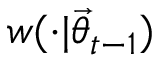
w ( \cdot | \ensuremath { \vec { \theta } } _ { t - 1 } )